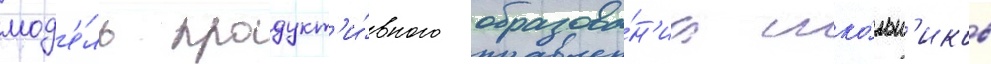
мод'е́ль продукт'и́вного образова́н'иа шко́льн'иков